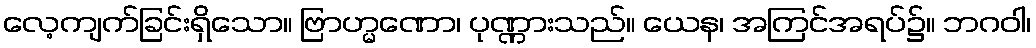
လေ့ကျက်ခြင်းရှိသော။ ဗြာဟ္မဏော၊ ပုဏ္ဏားသည်။ ယေန၊ အကြင်အရပ်၌။ ဘဂဝါ၊